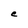
Character: C